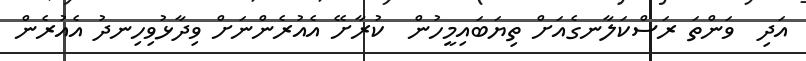
އަދި  ވަންތަ ރަސްކަލާނގެއަށް ތިޔަބައިމީހުން  ކުރާށޭ އެއުރެންނަށް ވިދާޅުވިހިނދު އެއުރެން